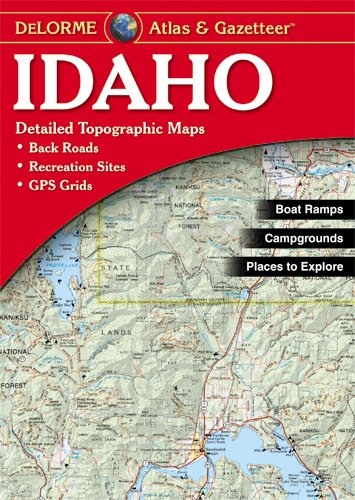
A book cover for Delorme Idaho Atlas & Gazetteer; Delorme; Reference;